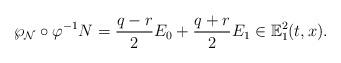
LaTeX: \begin{align*} \wp_\mathcal{N}\circ\varphi^{-1}N=\frac{q-r}{2}E_0+\frac{q+r}{2}E_1\in\mathbb{E}^2_1(t,x).\end{align*}